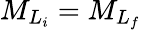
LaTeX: {M}_{{L}_{i}}={M}_{{L}_{f}}